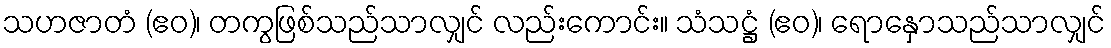
သဟဇာတံ (ဧဝ)၊ တကွဖြစ်သည်သာလျှင် လည်းကောင်း။ သံသဋ္ဌံ (ဧဝ)၊ ရောနှောသည်သာလျှင်